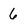
Character: 6